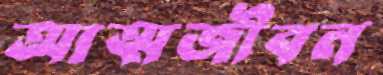
আত্মজীবন